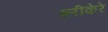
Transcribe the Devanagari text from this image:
ब्लीकेरे